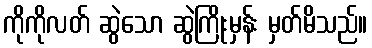
ကိုကိုလတ် ဆွဲသော ဆွဲကြိုးမှန်း မှတ်မိသည်။